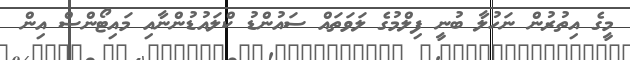
މީގެ އިތުރުން ނަހުލާ ބުނީ ފިލްމުގެ ލަވަތައް ސައުންޑު ކްލައުޑުންނާއި މައިޓޯންސް އިން